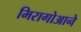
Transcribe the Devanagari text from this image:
मिरागोआने